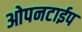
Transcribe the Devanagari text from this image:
ओपनटाईप